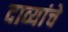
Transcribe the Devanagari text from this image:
दाव्यांचे